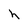
Character: h